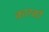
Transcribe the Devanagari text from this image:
कारकौ